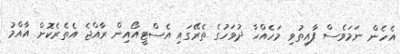
އެހެން ނަމަވެސް ފާއިތުވި މަހެއްހާ ދުވަހުގެ ތެރޭގައި އެސްޓީއޯއިން ރާއްޖެ އެތެރެކޮށް އާއްމު